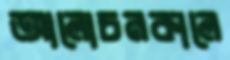
আলোচনকালে